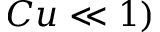
C u \ll 1 )